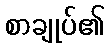
စာချုပ်၏